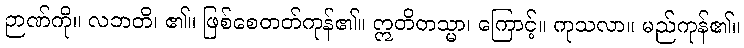
ဉာဏ်ကို။ လဘတိ၊ ၏။ ဖြစ်စေတတ်ကုန်၏။ ဣတိတသ္မာ၊ ကြောင့်။ ကုသလာ။ မည်ကုန်၏။